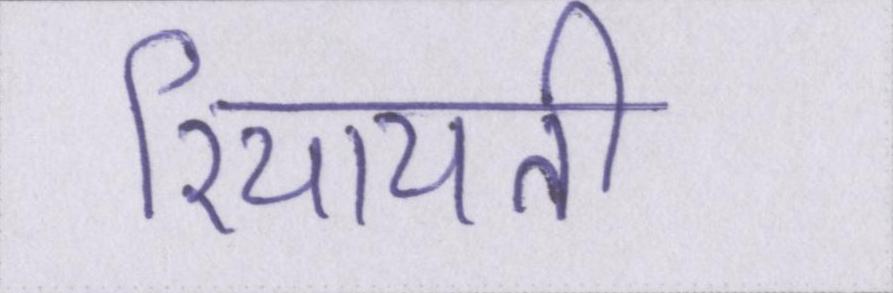
रियायती